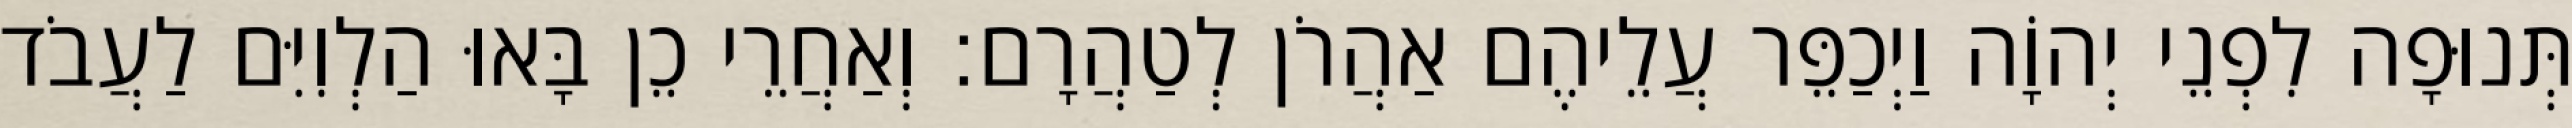
תְּנוּפָה לִפְנֵי יְהוָֹה וַיְכַפֵּר עֲלֵיהֶם אַהֲרֹן לְטַהֲרָם׃ וְאַחֲרֵי כֵן בָּאוּ הַלְוִיִּם לַעֲבֹד